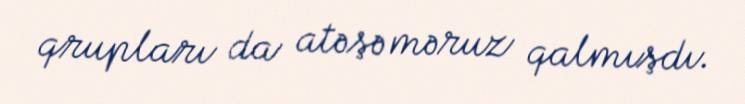
qrupları da atəşə məruz qalmışdı.